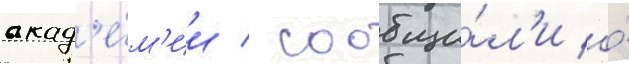
акад'е́м'ии / сообщи́л'и о́